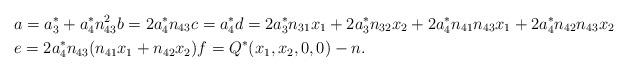
LaTeX: \begin{align*}& a = a_{3}^{*} + a_{4}^{*} n_{43}^{2} b = 2 a_{4}^{*} n_{43} c = a_{4}^{*} d = 2 a_{3}^{*} n_{31} x_{1} + 2 a_{3}^{*} n_{32} x_{2} + 2a_{4}^{*} n_{41} n_{43} x_{1} + 2a_{4}^{*} n_{42} n_{43} x_{2}\\ & e = 2a_{4}^{*} n_{43} (n_{41} x_{1} + n_{42} x_{2}) f = Q^{*}(x_{1},x_{2},0,0) - n.\end{align*}